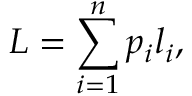
L = \sum _ { i = 1 } ^ { n } p _ { i } l _ { i } ,